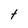
Character: t